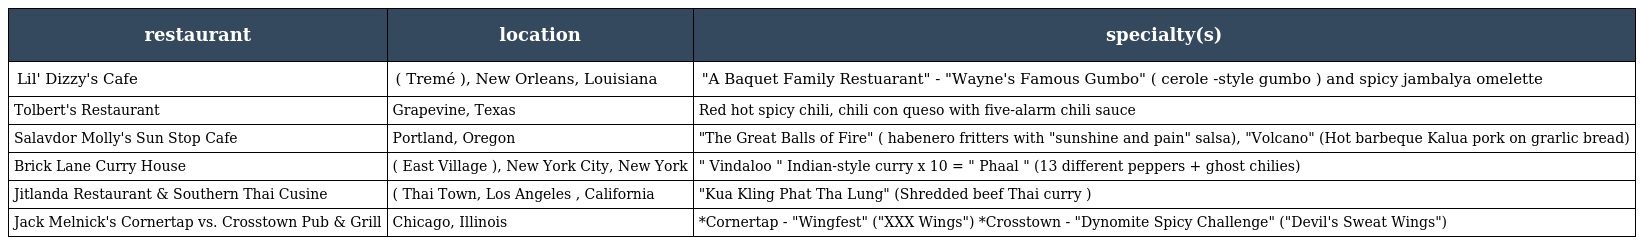
| restaurant | location | specialty(s) |
 | --- | --- | --- |
 | Lil' Dizzy's Cafe | ( Tremé ), New Orleans, Louisiana | "A Baquet Family Restuarant" - "Wayne's Famous Gumbo" ( cerole -style gumbo ) and spicy jambalya omelette |
 | Tolbert's Restaurant | Grapevine, Texas | Red hot spicy chili, chili con queso with five-alarm chili sauce |
 | Salavdor Molly's Sun Stop Cafe | Portland, Oregon | "The Great Balls of Fire" ( habenero fritters with "sunshine and pain" salsa), "Volcano" (Hot barbeque Kalua pork on grarlic bread) |
 | Brick Lane Curry House | ( East Village ), New York City, New York | " Vindaloo " Indian-style curry x 10 = " Phaal " (13 different peppers + ghost chilies) |
 | Jitlanda Restaurant & Southern Thai Cusine | ( Thai Town, Los Angeles , California | "Kua Kling Phat Tha Lung" (Shredded beef Thai curry ) |
 | Jack Melnick's Cornertap vs. Crosstown Pub & Grill | Chicago, Illinois | *Cornertap - "Wingfest" ("XXX Wings") *Crosstown - "Dynomite Spicy Challenge" ("Devil's Sweat Wings") |